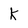
Character: k